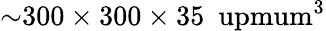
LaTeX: {\sim}300\times 300\times 35~\mathrm{\ upmum^{3}}